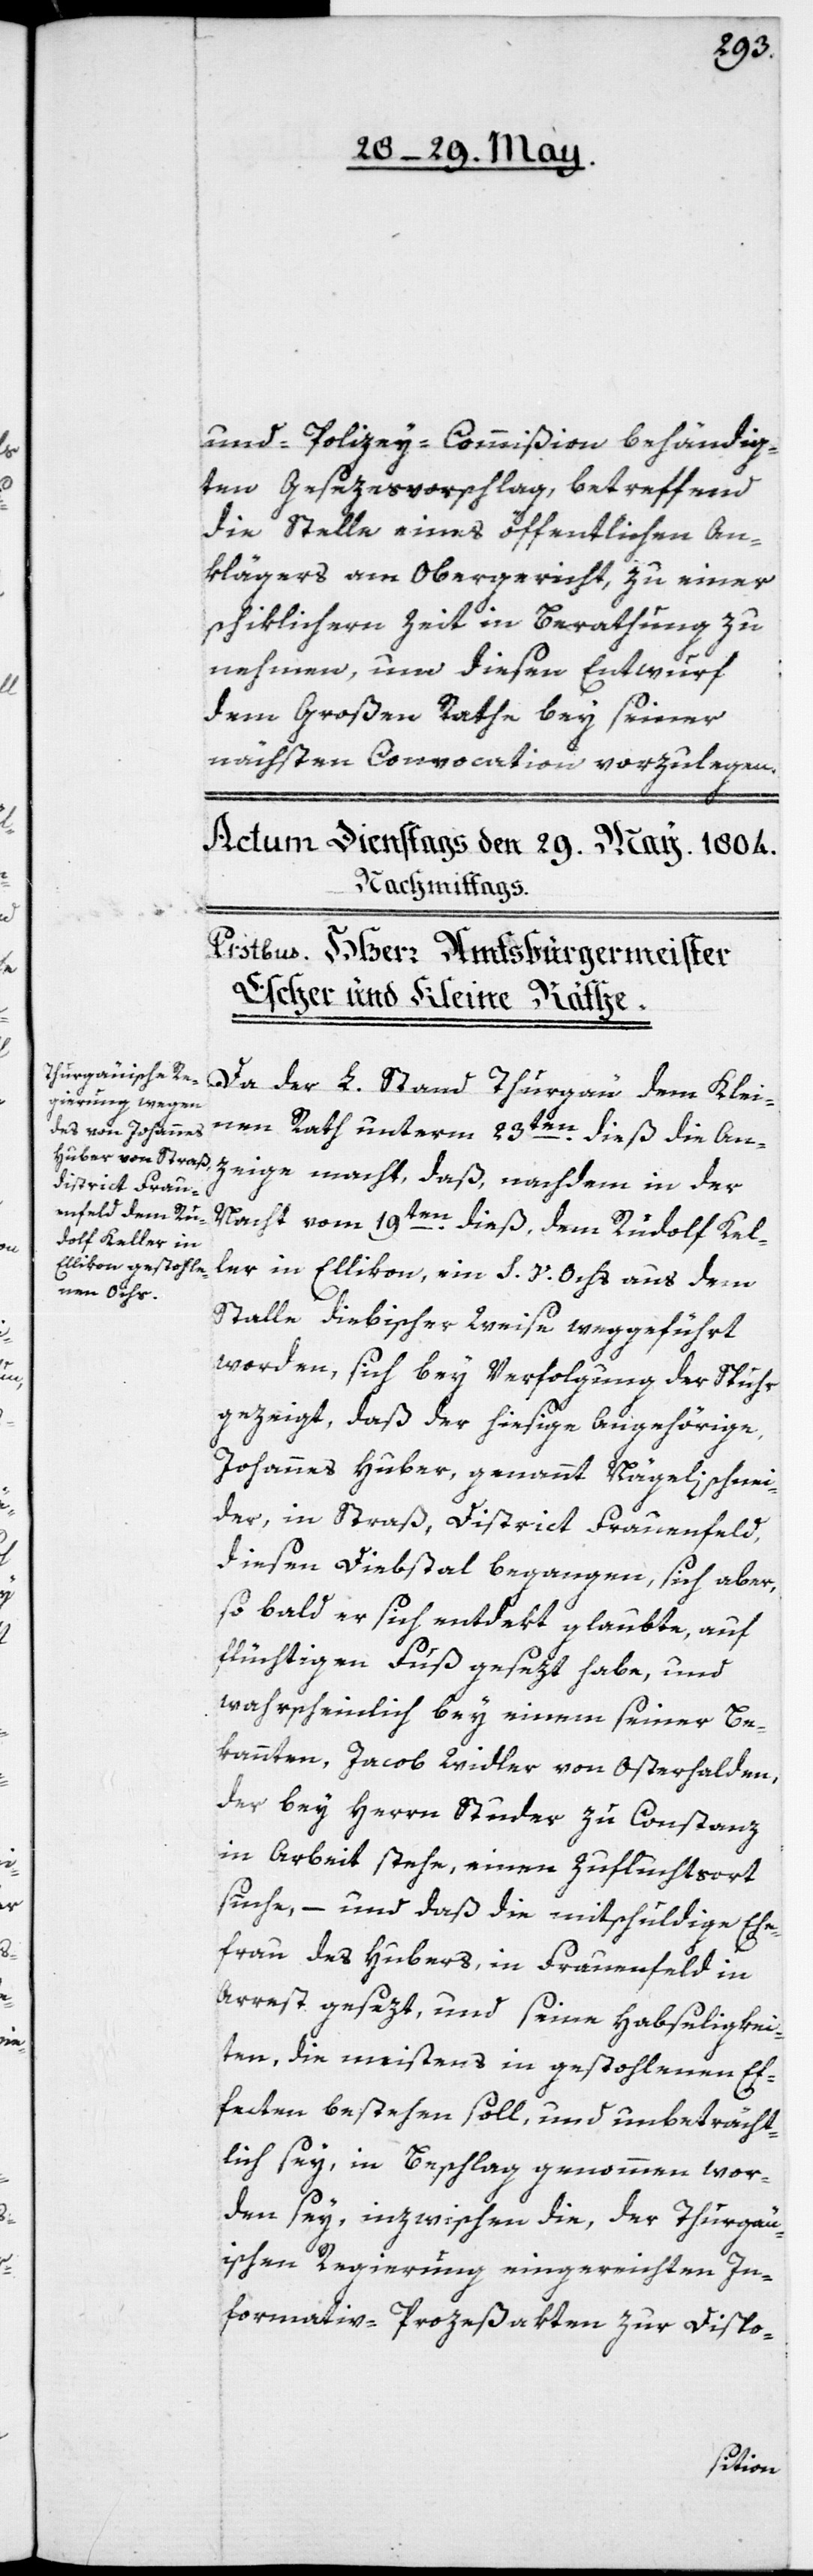
und Polizey-Commißion behändig¬
ten Gesezesvorschlag, betreffend
die Stelle eines öffentlichen An¬
klägers am Obergericht, zu einer
schiklichern Zeit in Berathung zu
nehmen, um diesen Entwurf
dem Großen Rathe bey seiner
nächsten Convocation vorzulegen.
Da der L. Stand Thurgau dem Klei¬
nen Rath unterm 23ten dieß die An¬
zeige macht, daß, nachdem in der
Nacht vom 19ten dieß, dem Rudolf Kel¬
ler in Ellikon, ein S. V. Ochs aus dem
Stalle diebischer Weise weggeführt
worden, sich bey Verfolgung der Spuhr
gezeigt, daß der hiesige Angehörige,
Johannes Huber, genannt Nägelischnei¬
der, in Straß District Frauenfeld,
diesen Diebstal begangen, sich aber,
so bald er sich entdekt glaubte, auf
flüchtigen Fuß gesezt habe, und
wahrscheinlich bey einem seiner Be¬
kannten, Jacob Widler von Osterhalden,
der bey Herrn Studer zu Constanz
in Arbeit stehe, einen Zufluchtsort
suche, – und daß die mitschuldige Ehe¬
frau des Hubers, in Frauenfeld in
Arrest gesezt und seine Habseligkei¬
ten, die meistens in gestohlenen Ef¬
fekten bestehen soll, und unbeträcht¬
lich sey, in Beschlag genommen wor¬
den sey, inzwischen die, der Thurgäu¬
ischen Regierung eingereichten In¬
formativ-Prozeßakten zur Dispo-